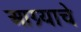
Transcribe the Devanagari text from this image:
आग्र्याचे